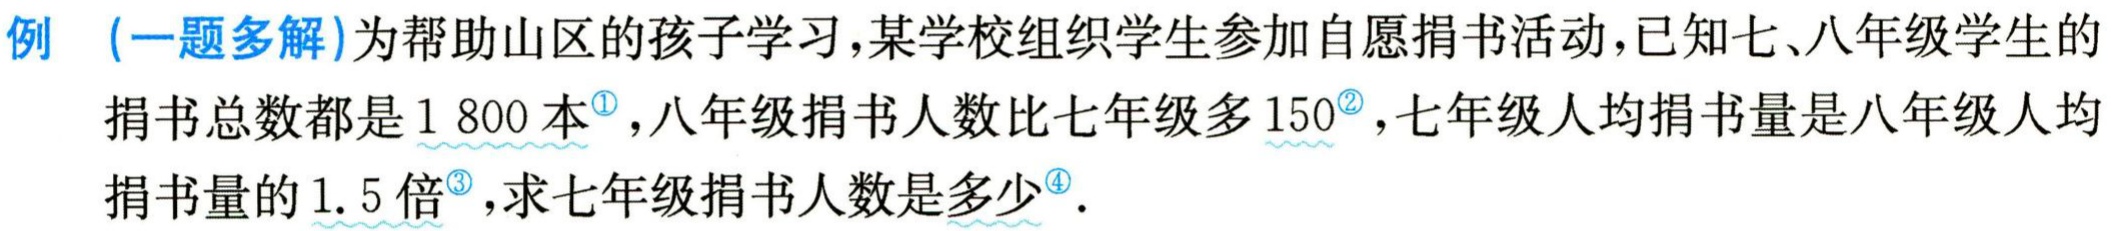
例 (一题多解)为帮助山区的孩子学习,某学校组织学生参加自愿捐书活动,已知七、八年级学生的

捐书总数都是$1800$本$^{\textcircled{1}}$,八年级捐书人数比七年级多$150^{\textcircled{2}}$,七年级人均捐书量是八年级人均

捐书量的$1.5$倍$^{\textcircled{3}}$,求七年级捐书人数是多少$^{\textcircled{4}}$.